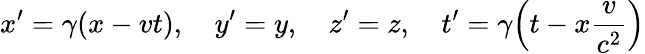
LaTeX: x^{\prime}=\gamma(x-vt),\quad y^{\prime}=y,\quad z^{\prime}=z,\quad t^{\prime}=\gamma\Big(t-x\frac{v}{c^{2}}\Big)